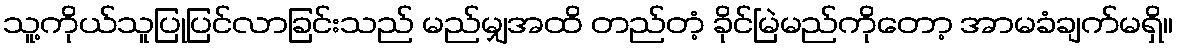
သူ့ကိုယ်သူပြုပြင်လာခြင်းသည် မည်မျှအထိ တည်တံ့ ခိုင်မြဲမည်ကိုတော့ အာမခံချက်မရှိ။